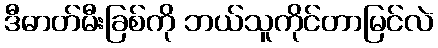
ဒီဓာတ်မီးခြစ်ကို ဘယ်သူကိုင်တာမြင်လဲ